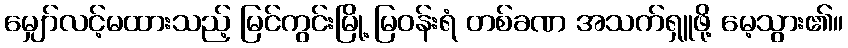
မျှော်လင့်မထားသည့် မြင်ကွင်းမြို့ မြဝန်းရံ တစ်ခဏ အသက်ရှူဖို့ မေ့သွား၏။